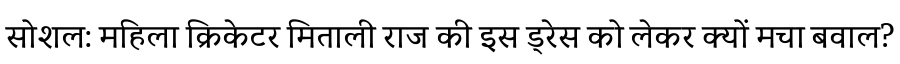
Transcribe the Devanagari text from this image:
सोशल: महिला क्रिकेटर मिताली राज की इस ड्रेस को लेकर क्यों मचा बवाल?